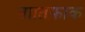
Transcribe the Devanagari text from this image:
बाातफ़ाक